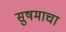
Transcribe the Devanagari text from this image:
सुषमाचा